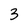
Character: 3